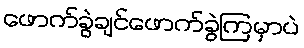
ဖောက်ခွဲချင်ဖောက်ခွဲကြမှာပဲ